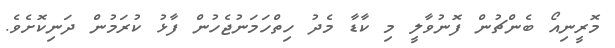
މޮރީނިއޯ ބެންޗުން ފޮނުވާލީ މި ކާޑާ މެދު ހިތްހަމަނުޖެހުން ފާޅު ކުރަމުން ދަނިކޮށެވެ.